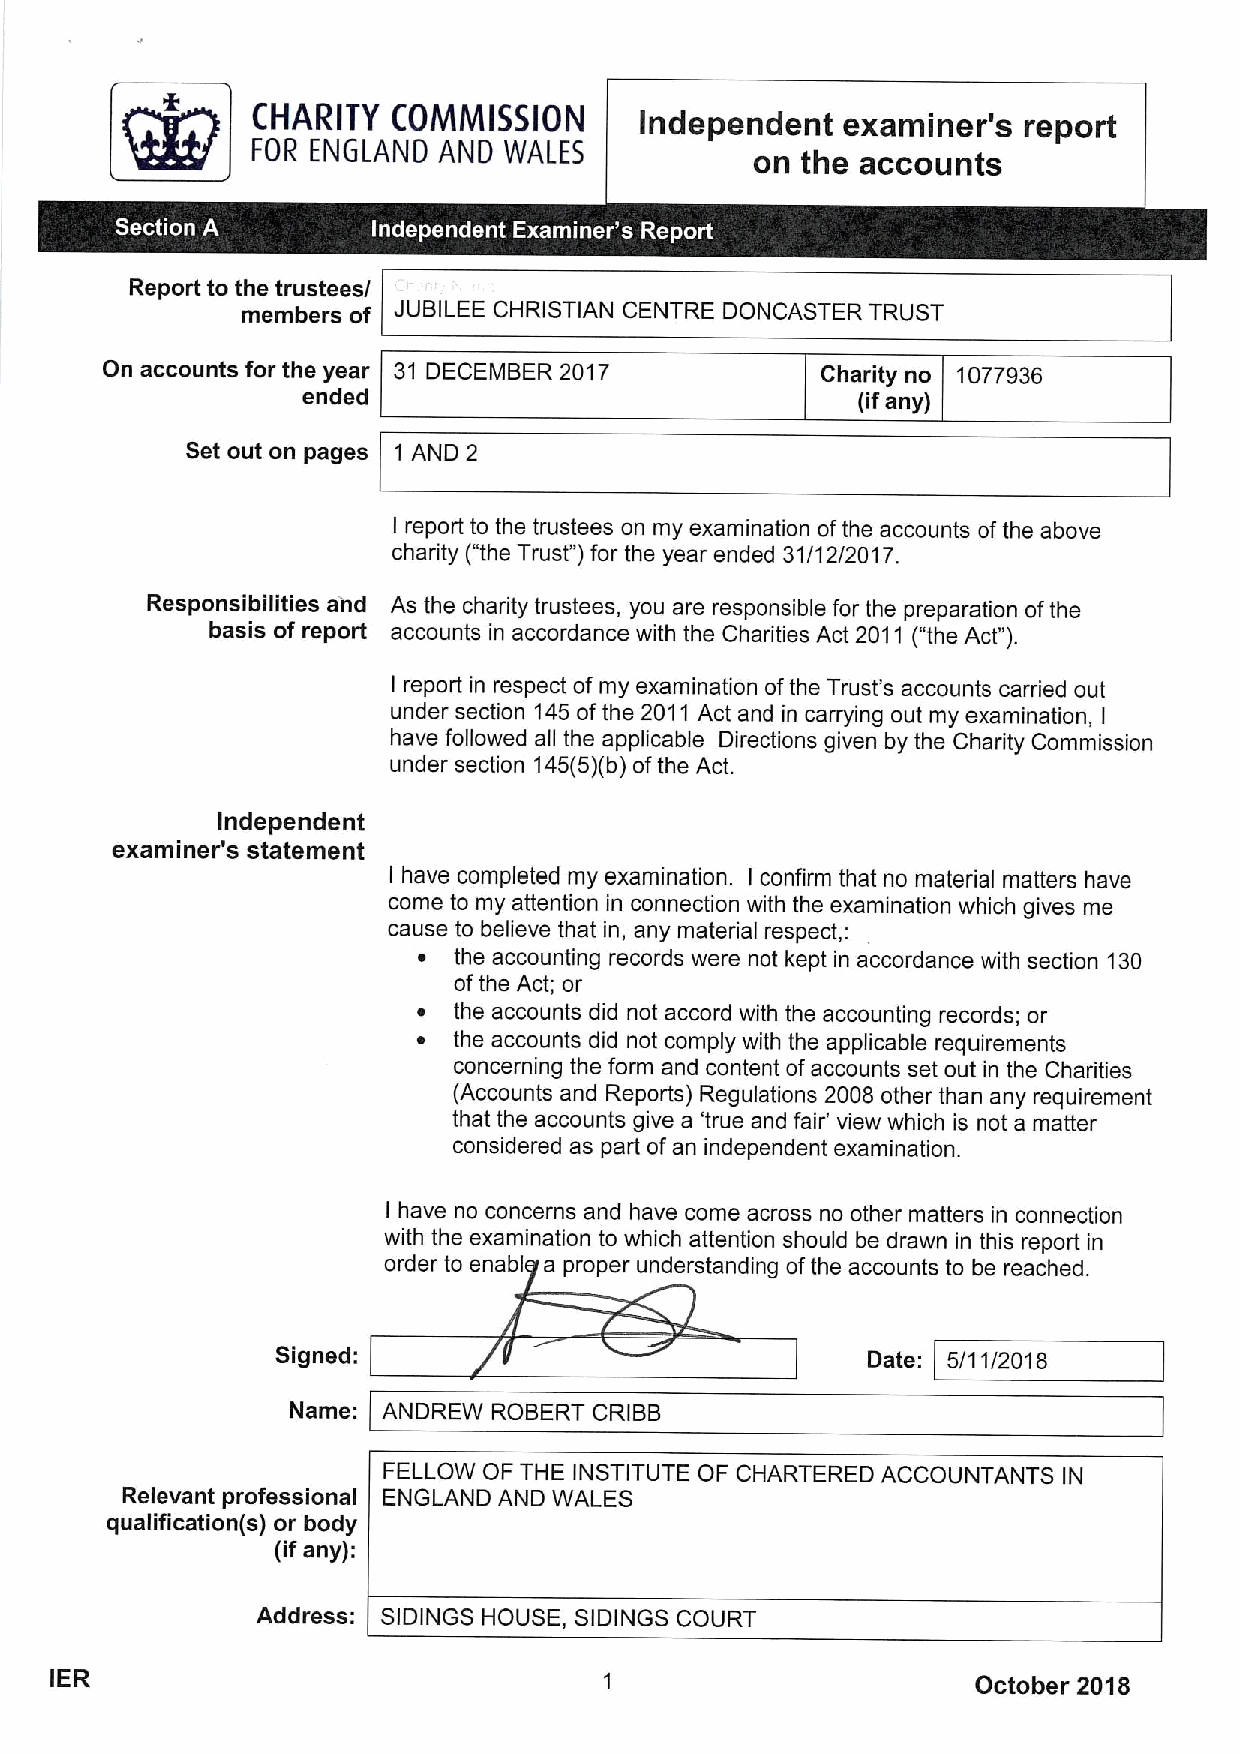
CHARITY  COMMISSION      Independent   examiner's  report
 FOR ENGLAND AND WALES            on the accounts
 Report to the trustees/
 members of JUBILEE CHRISTIAN CENTRE DONCASTER TRUST
 On accounts for the year 31 DECEMBER 2017      Charity no 1077936
 ended
 (ifany)
 Set out on pages 1 AND 2
 I report to the trustees on my examination ofthe accounts ofthe above
 charity ("the Trust")for the year ended 31/12/2017.
 Responsibilities and As the charity trustees, you are responsible for the preparation ofthe
 basis of report accounts in accordance with the Charities Act 2011 ("the Act").
 I report in respect of my examination ofthe Trust's accounts carried out
 under section 145ofthe 2011 Act and in carrying out my examination, I
 have followed all the applicable Directions given by the Charity Commission
 under section 145(5)(b)ofthe Act.
 Independent
 examiner's statement
 I have completed my examination. I confirm that no material matters have
 come to my attention in connection with the examination which gives me
 cause to believe that in, any material respect, :
 ~ the accounting records were nct kept in accordance with section 130
 ofthe Act; or
 ~ the accounts did not accord with the accounting records; or
 ~ the accounts did not comply with the applicable requirements
 concerning the form and content ofaccounts set out in the Charities
 (Accounts and Reports) Regulations 2008 other than any requirement
 that the accounts give a 'true and fair' view which is not a matter
 considered as part of an independent examination.
 I have no concerns and have come across no other matters in connection
 with the examination to which attention should be drawn in this report in
 order to enabl a proper understanding ofthe accounts to be reached.
 Signed:                                Date: 5/11/2018
 Name: ANDREW  ROBERT CRIBB
 FELLOW OF THE INSTITUTE OF CHARTERED ACCOUNTANTS IN
 Relevant professional ENGLAND AND WALES
 qualification(s) or body
 (ifany):
 Address: SIDINGS HOUSE, SIDINGS COURT
 IER                                                           October 2018